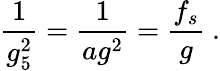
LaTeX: \frac{1}{g_{5}^{2}}=\frac{1}{ag^{2}}=\frac{f_{s}}{g}\ .